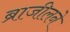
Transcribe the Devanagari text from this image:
ब्राजीलने